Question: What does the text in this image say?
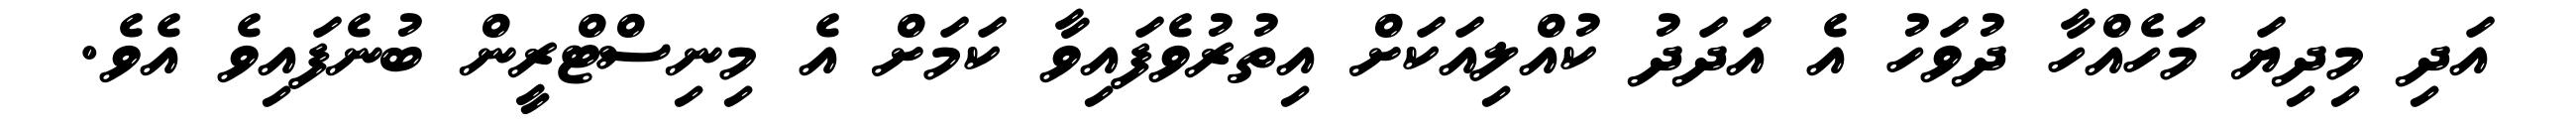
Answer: އަދި މިދިޔަ މަހެއްހާ ދުވަހު އެ އަދަދު ކުއްލިއަކަށް އިތުރުވެފައިވާ ކަމަށް އެ މިނިސްޓްރީން ބުނެފައިވެ އެވެ.